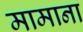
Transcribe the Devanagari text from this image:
मामाना